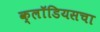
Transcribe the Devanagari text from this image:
क्लॉडियसचा